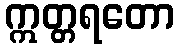
ဣတ္တရတော